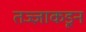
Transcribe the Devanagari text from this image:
तज्‍ज्ञाकडून